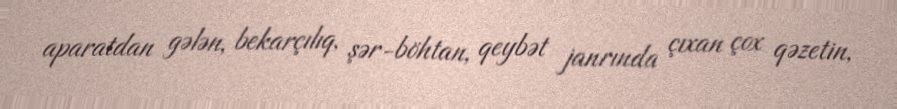
aparatdan gələn, bekarçılıq, şər-böhtan, qeybət janrında çıxan çox qəzetin,